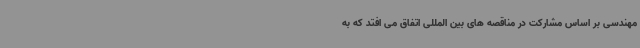
مهندسی بر اساس مشارکت در مناقصه های بین المللی اتفاق می افتد که به